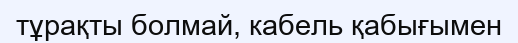
тұрақты болмай, кабель қабығымен